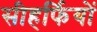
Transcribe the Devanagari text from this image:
सीहर्फियों